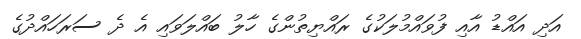
އަދި އައްޑު އާއި ފުވައްމުލަކުގެ ރައްޔިތުންގެ ހާލު ބައްލަވައި އެ ދެ ސަރަހައްދުގެ